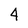
Character: 4